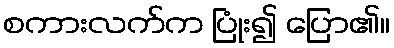
စကားလက်က ပြုံး၍ ပြော၏။